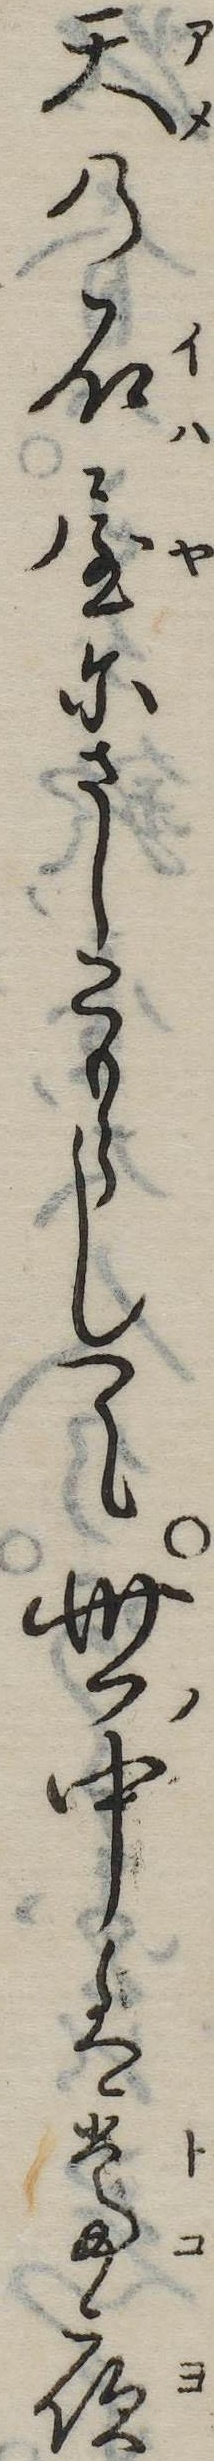
天の石屋にさしこもらして世中は常夜